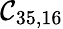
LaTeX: \mathcal{C}_{35,16}